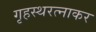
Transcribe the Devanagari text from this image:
गृहस्थरत्नाकर